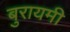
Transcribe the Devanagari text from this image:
बुरायमी